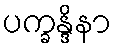
ပက္ခန္ဒိနာ